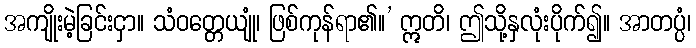
အကျိုးမဲ့ခြင်းငှာ။ သံဝတ္တေယျုံ၊ ဖြစ်ကုန်ရာ၏။’ ဣတိ၊ ဤသို့နှလုံးပိုက်၍။ အာတပ္ပံ၊